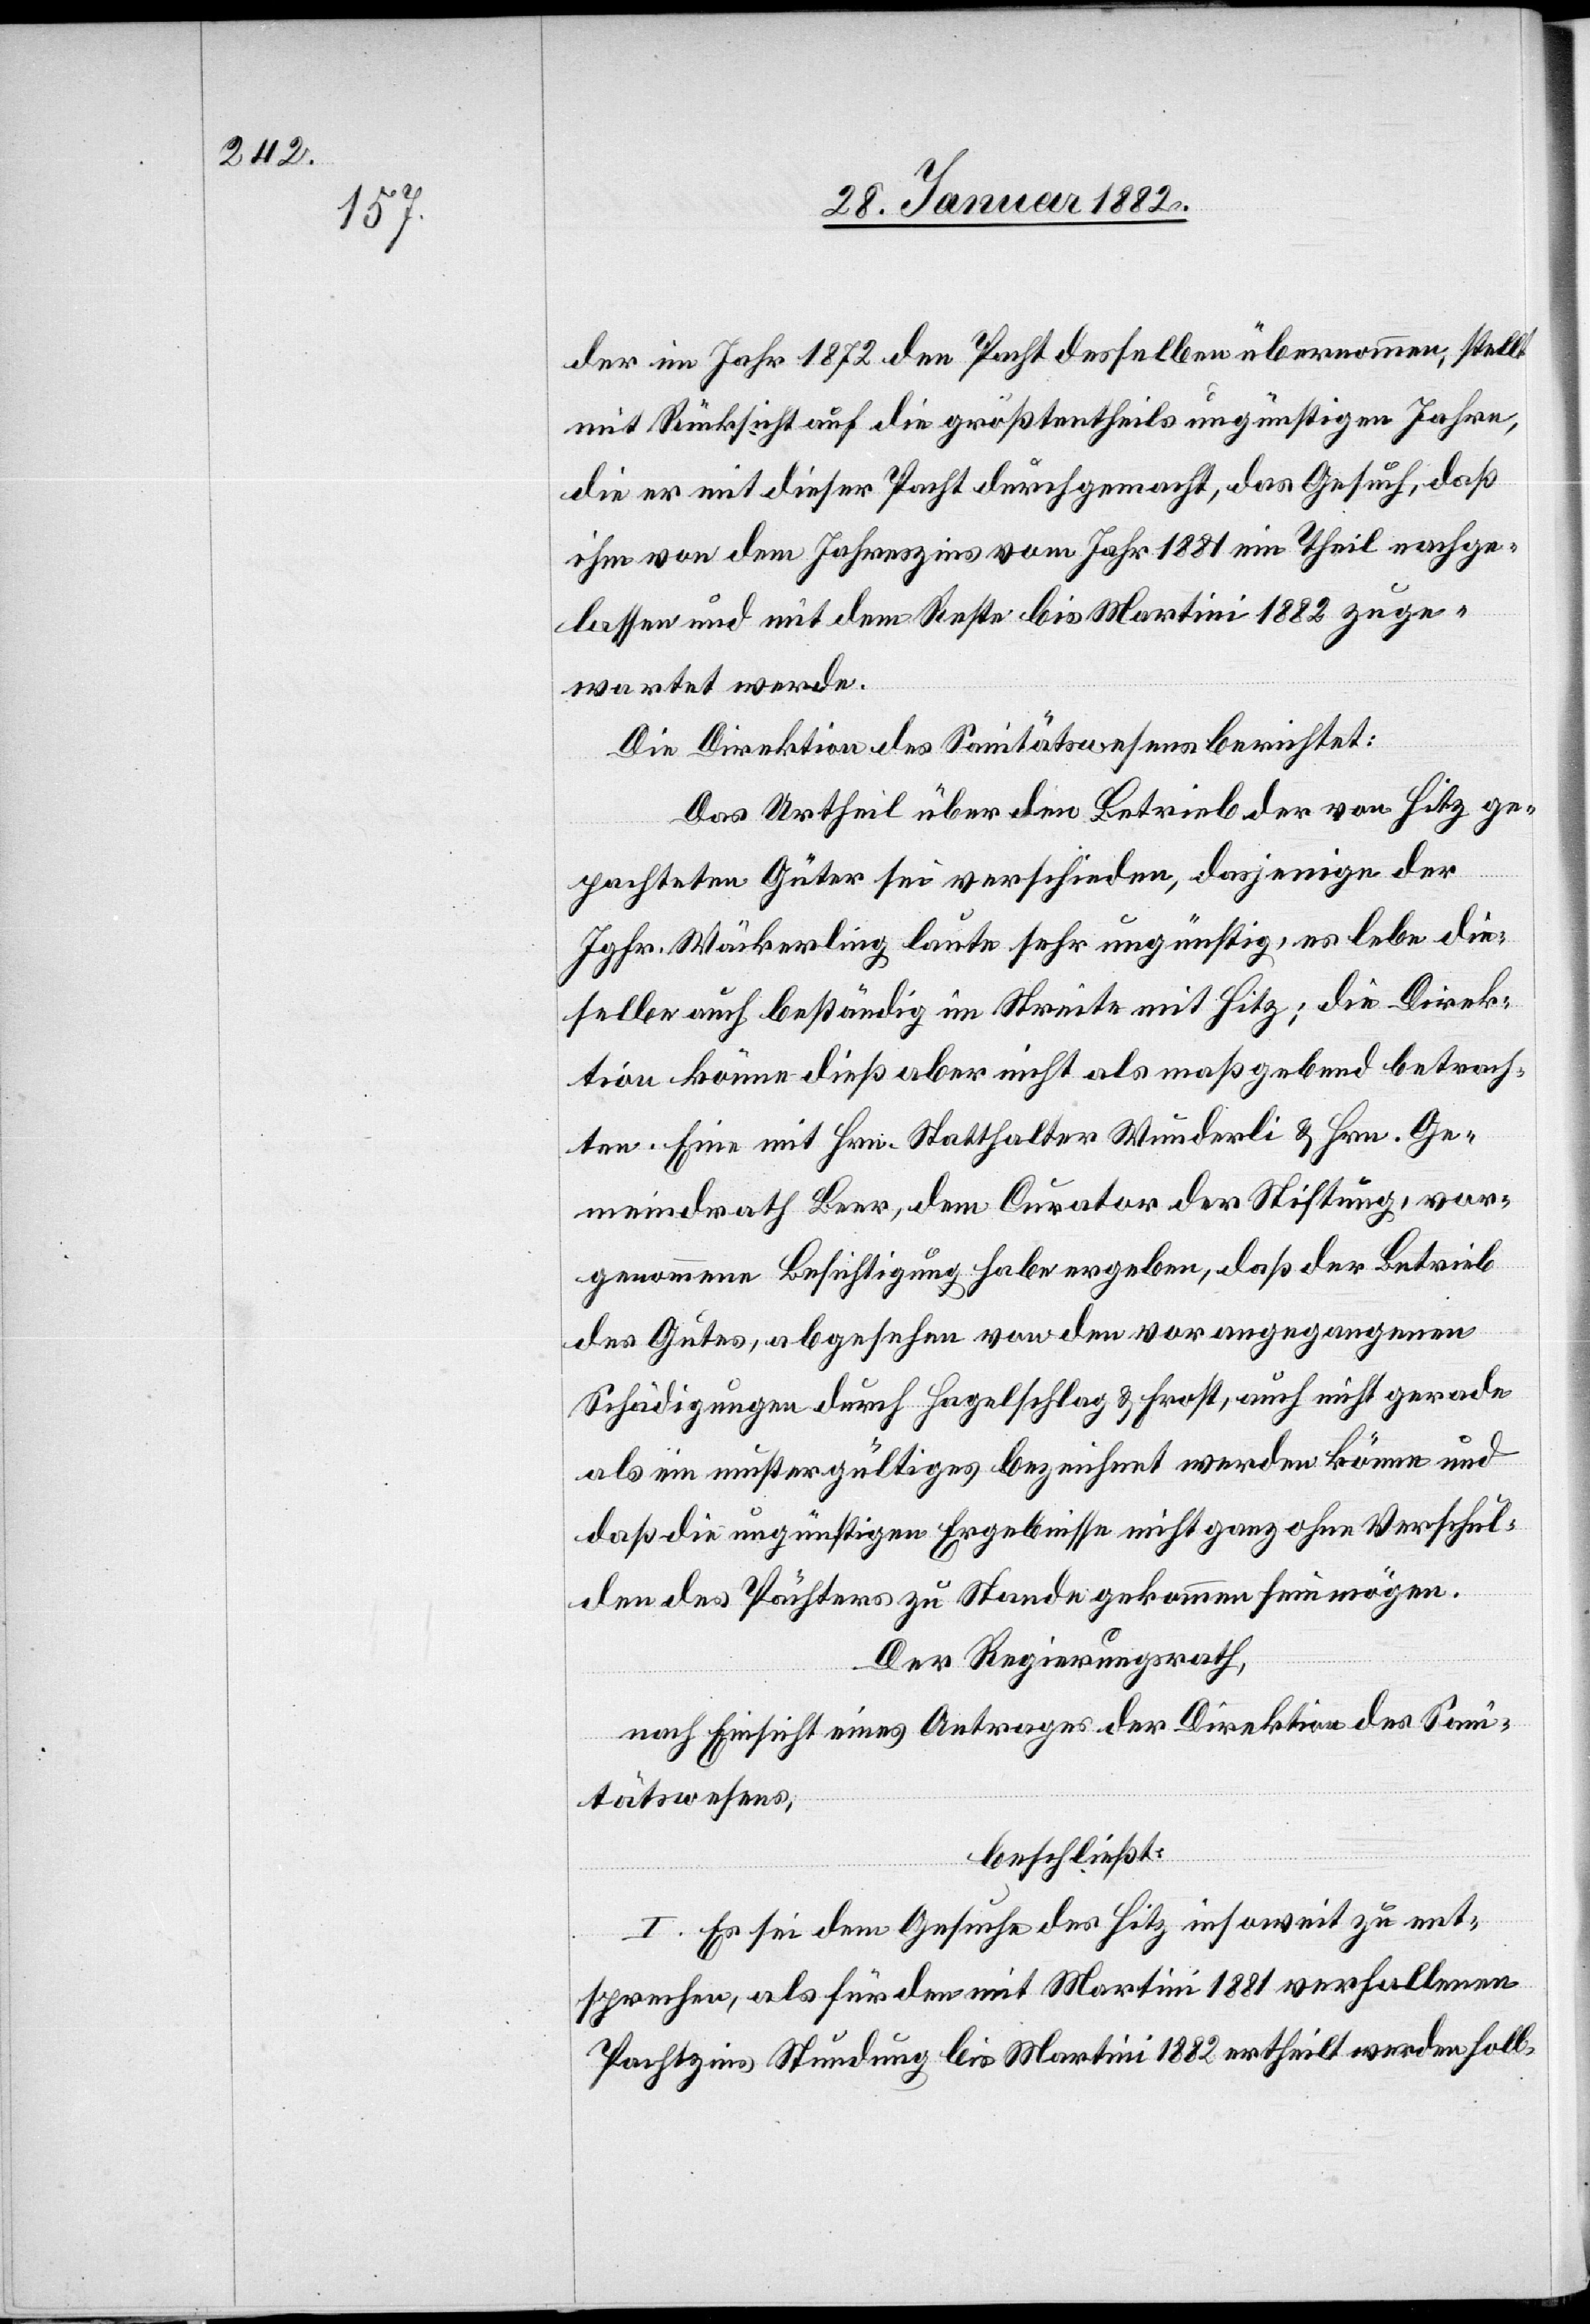
der im Jahr 1872 die Pacht desselben übernommen, stellt
mit Rücksicht auf die größtentheils ungünstigen Jahre,
die er mit dieser Pacht durchgemacht, das Gesuch, daß
ihm von dem Jahreszins vom Jahr 1881 ein Theil nachge¬
lassen und mit dem Reste bis Martini 1882 zuge¬
wartet werde.
Die Direktion des Sanitätswesens berichtet:
Das Urtheil über den Betrieb der von Hitz ge¬
pachteten Güter sei verschieden, dasjenige der
Jgfr. Wäckerling laute sehr ungünstig, es lebe die¬
selbe auch beständig im Streite mit Hitz; die Direk¬
tion könne dieß aber nicht als maßgebend betrach¬
ten. Eine mit Hrn. Statthalter Wunderli & Hrn. Ge¬
meinderath Beer, dem Curator der Stiftung, vor¬
genommene Besichtigung habe ergeben, daß der Betrieb
des Gutes, abgesehen von den vorangegangenen
Schädigungen durch Hagelschlag & Frost, auch nicht gerade
als ein mustergültiges bezeichnet werden könne und
daß die ungünstigen Ergebnisse nicht ganz ohne Verschul¬
den des Pächters zu Stande gekommen sein mögen.
Der Regierungsrath,
nach Einsicht eines Antrages der Direktion des Sani¬
tätswesen,
beschließt:
I. Es sei dem Gesuche des Hitz insoweit zu ent¬
sprechen, als für den mit Martini 1881 verfallenen
Pachtzins Stundung bis Martini 1882 ertheilt werden soll.